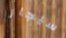
سيجار